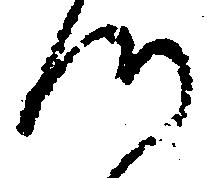
つ